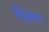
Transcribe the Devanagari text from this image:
सिद्धांतान्